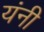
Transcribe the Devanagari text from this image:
यंनी